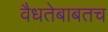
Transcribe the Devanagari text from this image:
वैधतेबाबतच